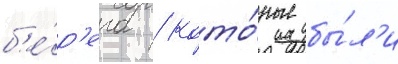
б'е́р'ега / кото́рые бы́л'и